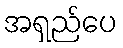
အရှည်ပေ